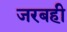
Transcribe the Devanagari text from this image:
जरबही